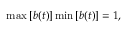
\begin{array} { r } { \operatorname* { m a x } \left[ { b } ( t ) \right] \operatorname* { m i n } \left[ { b } ( t ) \right] = 1 , } \end{array}